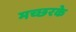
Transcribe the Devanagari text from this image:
मच्छरके